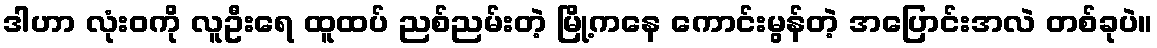
ဒါဟာ လုံးဝကို လူဦးရေ ထူထပ် ညစ်ညမ်းတဲ့ မြို့ကနေ ကောင်းမွန်တဲ့ အပြောင်းအလဲ တစ်ခုပဲ။